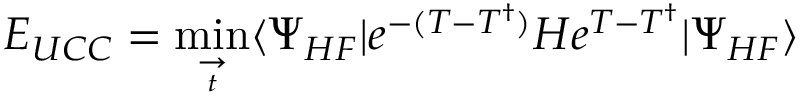
E _ { U C C } = \operatorname* { m i n } _ { \underset { t } { \rightarrow } } ^ { } \langle \Psi _ { H F } | e ^ { - ( T - T ^ { \dagger } ) } H e ^ { T - T ^ { \dagger } } | \Psi _ { H F } \rangle